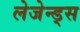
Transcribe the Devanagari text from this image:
लेजेन्ड्स